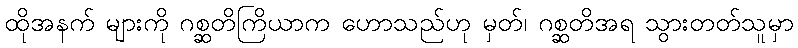
ထိုအနက် များကို ဂစ္ဆတိကြိယာက ဟောသည်ဟု မှတ်၊ ဂစ္ဆတိအရ သွားတတ်သူမှာ